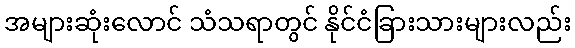
အများဆုံးလောင် သံသရာတွင် နိုင်ငံခြားသားများလည်း